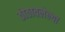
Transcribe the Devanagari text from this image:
ठोठावलेल्या